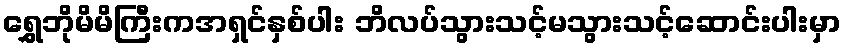
ရွှေဘိုမိမိကြီးကအရှင်နှစ်ပါး ဘိလပ်သွားသင့်မသွားသင့်ဆောင်းပါးမှာ